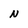
Character: N